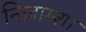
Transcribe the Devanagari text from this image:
निज़ाम्शा